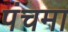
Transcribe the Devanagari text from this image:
पंचमा